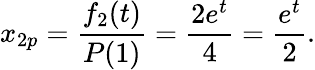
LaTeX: x_{2p}={\frac{f_{2}(t)}{P(1)}}={\frac{2e^{t}}{4}}={\frac{e^{t}}{2}}.